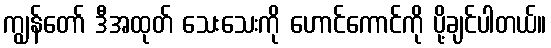
ကျွန်တော် ဒီအထုတ် သေးသေးကို ဟောင်ကောင်ကို ပို့ချင်ပါတယ်။